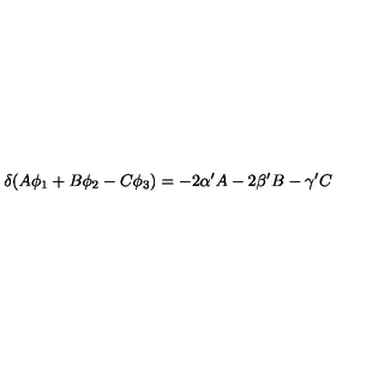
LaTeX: \delta ( A \phi _ { 1 } + B \phi _ { 2 } - C \phi _ { 3 } ) = - 2 \alpha ^ { \prime } A - 2 \beta ^ { \prime } B - \gamma ^ { \prime } C